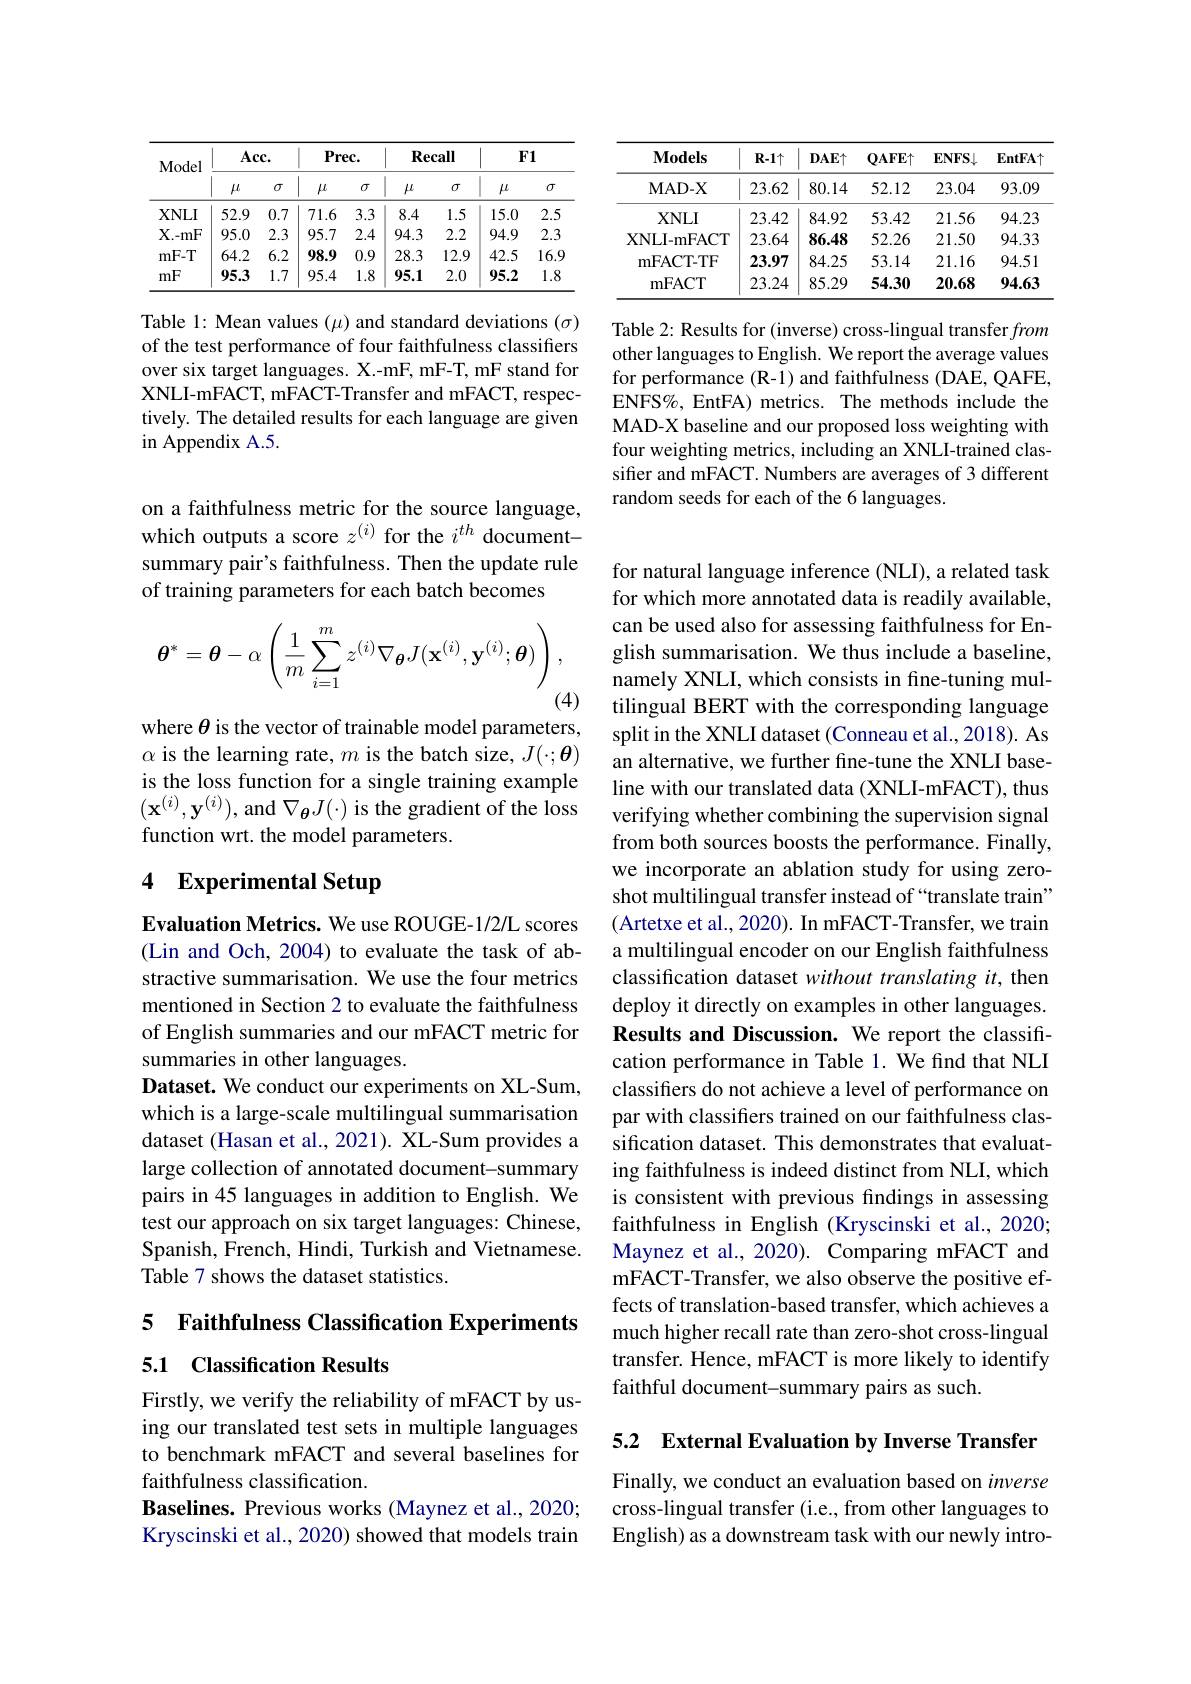
<table>
	<tbody>
		<tr>
			<th rowspan="2">Model</th>
			<th colspan="2">$Acc.$</th>
			<th colspan="2">$Prec.$</th>
			<th colspan="2">Recall</th>
			<th colspan="2">$F1$</th>
		</tr>
		<tr>
			<th>$\mu$</th>
			<th>$\sigma$</th>
			<th>$\mu$</th>
			<th>$\sigma$</th>
			<th>$\mu$</th>
			<th>$\sigma$</th>
			<th>$\mu$</th>
			<th>$\sigma$</th>
		</tr>
		<tr>
			<td>$XNLI$</td>
			<td>52.9</td>
			<td>0.7</td>
			<td>71.6</td>
			<td>3.3</td>
			<td>8.4</td>
			<td>1.5</td>
			<td>15.0</td>
			<td>2.5</td>
		</tr>
		<tr>
			<td>$\mathbf{X}_{.-\mathrm{mF}}$</td>
			<td>95.0</td>
			<td>2.3</td>
			<td>95.7</td>
			<td>2.4</td>
			<td>94.3</td>
			<td>2.2</td>
			<td>94.9</td>
			<td>2.3</td>
		</tr>
		<tr>
			<td>$mF-T$</td>
			<td>64.2</td>
			<td>6.2</td>
			<td>98.9</td>
			<td>0.9</td>
			<td>28.3</td>
			<td>12.9</td>
			<td>42.5</td>
			<td>16.9</td>
		</tr>
		<tr>
			<td>mF</td>
			<td>95.3</td>
			<td>1.7</td>
			<td>95.4</td>
			<td>1.8</td>
			<td>95.1</td>
			<td>2.0</td>
			<td>95.2</td>
			<td>1.8</td>
		</tr>
	</tbody>
</table>

Table 1: Mean values $(\mu)$ and standard deviations $(\sigma)$ of the test performance of four faithfulness classifiers over six target languages. X.-mF, mF-T, mF stand for XNLI-mFACT, mFACT-Transfer and mFACT, respectively. The detailed results for each language are given in Appendix A.5.

on a faithfulness metric for the source language, which outputs a score $z^{(i)}$ for the $i^{th}$ documentsummary pair's faithfulness. Then the update rule of training parameters for each batch becomes
$$\boldsymbol{\theta}^{*}=\boldsymbol{\theta}-\alpha\left(\frac{1}{m}\sum_{i=1}^{m}z^{(i)}\nabla_{\boldsymbol{\theta}}J(\mathbf{x}^{(i)},\mathbf{y}^{(i)};\boldsymbol{\theta})\right),$$
(4)

where $\theta$ is the vector of trainable model parameters,

$\alpha$ is the learning rate, $m$ is the batch size, $J(\cdot;\boldsymbol{\theta})$ is the loss function for a single training example $(\mathbf{x}^{(i)},\mathbf{y}^{(i)})$, and $\nabla_{\boldsymbol{\theta}}J(\cdot)$ is the gradient of the loss function wrt. the model parameters.

# 4 Experimental Setup

Evaluation Metrics. We use ROUGE-1/2/L scores (Lin and Och, 2004) to evaluate the task of abstractive summarisation. We use the four metrics mentioned in Section 2 to evaluate the faithfulness of English summaries and our mFACT metric for summaries in other languages.
Dataset. We conduct our experiments on XL-Sum, which is a large-scale multilingual summarisation dataset (Hasan et al., 2021). XL-Sum provides a large collection of annotated document-summary pairs in 45 languages in addition to English. We test our approach on six target languages: Chinese, Spanish, French, Hindi, Turkish and Vietnamese. Table 7 shows the dataset statistics.

5 Faithfulness Classification Experiments
## 5.1 Classification Results

Firstly, we verify the reliability of mFACT by using our translated test sets in multiple languages to benchmark mFACT and several baselines for faithfulness classification.
Baselines. Previous works (Maynez et al., 2020; Kryscinski et al., 2020) showed that models train

<table>
	<tbody>
		<tr>
			<th>$\mathbf{Models}$</th>
			<th>$R-1\uparrow$</th>
			<th>$DAE\uparrow$</th>
			<th>$\mathbf{QAFE}\uparrow$</th>
			<th>$\mathbf{ENFS}\downarrow$</th>
			<th>$\mathbf{EntFA}\uparrow$</th>
		</tr>
		<tr>
			<td>$\mathbf{MAD-X}$</td>
			<td>23.62</td>
			<td>80.14</td>
			<td>52.12</td>
			<td>23.04</td>
			<td>93.09</td>
		</tr>
		<tr>
			<td>$XNLI$</td>
			<td>23.42</td>
			<td>84.92</td>
			<td>53.42</td>
			<td>21.56</td>
			<td>94.23</td>
		</tr>
		<tr>
			<td>${\mathrm{XNLI-mFACT}}$</td>
			<td>23.64</td>
			<td>86.48</td>
			<td>52.26</td>
			<td>21.50</td>
			<td>94.33</td>
		</tr>
		<tr>
			<td>mFACT- TF</td>
			<td>23.97</td>
			<td>84.25</td>
			<td>53.14</td>
			<td>21.16</td>
			<td>94.51</td>
		</tr>
		<tr>
			<td>mFACT</td>
			<td>23.24</td>
			<td>85.29</td>
			<td>54.30</td>
			<td>20.68</td>
			<td>94.63</td>
		</tr>
	</tbody>
</table>

Table 2: Results for (inverse) cross-lingual transfer from other languages to English. We report the average values for performance (R-1) and faithfulness (DAE, QAFE, ENFS%, EntFA) metrics. The methods include the MAD-X baseline and our proposed loss weighting with four weighting metrics, including an XNLI-trained classifier and mFACT. Numbers are averages of 3 different random seeds for each of the 6 languages.

for natural language inference (NLI), a related task for which more annotated data is readily available, can be used also for assessing faithfulness for English summarisation. We thus include a baseline, namely XNLI, which consists in fine-tuning multilingual BERT with the corresponding language split in the XNLI dataset (Conneau et al., 2018). As an alternative, we further fine-tune the XNLI baseline with our translated data (XNLI-mFACT), thus verifying whether combining the supervision signal from both sources boosts the performance. Finally, we incorporate an ablation study for using zeroshot multilingual transfer instead of “translate train” (Artetxe et al., 2020). In mFACT-Transfer, we train a multilingual encoder on our English faithfulness classification dataset without translating it, then deploy it directly on examples in other languages. Results and Discussion. We report the classification performance in Table 1. We find that NLI classifiers do not achieve a level of performance on par with classifers trained on our faithfulness classification dataset. This demonstrates that evaluating faithfulness is indeed distinct from NLI, which is consistent with previous findings in assessing faithfulness in English (Kryscinski et al., 2020; Maynez et al., 2020). Comparing mFACT and mFACT-Transfer, we also observe the positive effects of translation-based transfer, which achieves a much higher recall rate than zero-shot cross-lingual transfer. Hence, mFACT is more likely to identify faithful document-summary pairs as such.

5.2 External Evaluation by Inverse Transfer

Finally, we conduct an evaluation based on inverse cross-lingual transfer (i.e., from other languages to English) as a downstream task with our newly intro-